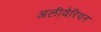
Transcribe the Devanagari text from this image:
अलीवेरियन